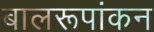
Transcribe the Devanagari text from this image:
बालरूपांकन